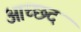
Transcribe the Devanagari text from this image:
आच्छद